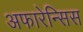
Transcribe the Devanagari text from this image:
अफारेन्सिस